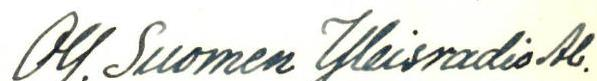
Oy. Suomen Yleisradio Ab.